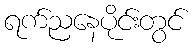
ရက်ညနေပိုင်းတွင်